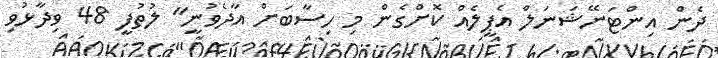
ދެން އިންޓަނޭޝަނަލް އެޕީލެއް ކޮށްގެން މި ހިސާބަށް އާދެވުނީ" ލުތުފީ 48 ވިދާޅުވި